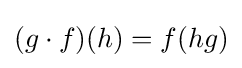
(g\cdot f)(h)=f(hg)